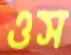
ওস